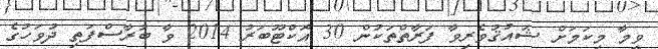
ވީމާ މިކަމަށް ޝައުޤުވެރިވާ ފަރާތްތަކުން 30 އޮކްޓޫބަރު 2014 ވާ ބުރާސްފަތި ދުވަހުގެ